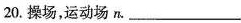
20.操场，运动场n.___